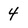
Character: 4